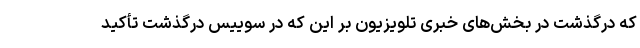
که درگذشت در بخش‌های خبری تلویزیون بر این که در سوییس درگذشت تأکید